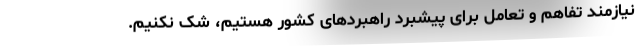
نیازمند تفاهم و تعامل برای پیشبرد راهبردهای کشور هستیم، شک نکنیم.